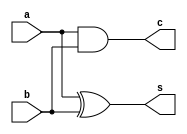
module half_adder(a,b,s,c);
	input a,b;
	output s,c;
	xor x1(s,a,b);
	and a1(c,a,b);
endmodule